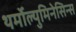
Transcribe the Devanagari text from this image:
थर्मोल्युमिनेसिन्स